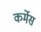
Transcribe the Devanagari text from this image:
कर्मेस